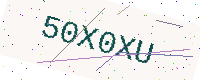
Text: 50X0XU